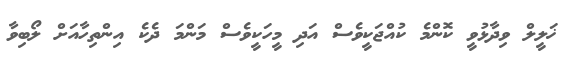
ޚަލީލް ވިދާޅުވީ ކޮންމެ ކުއްޖަކީވެސް އަދި މީހަކީވެސް މަންމަ ދެކެ އިންތިހާއަށް ލޯބިވާ